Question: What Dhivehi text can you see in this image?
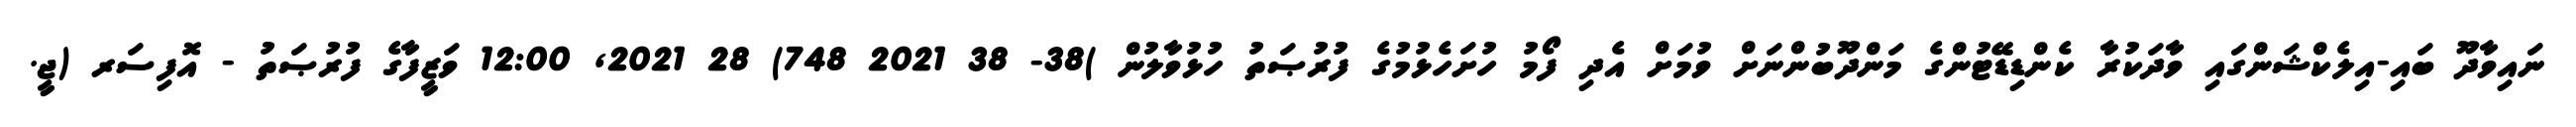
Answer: ނައިވާދޫ ބައި-އިލެކްޝަންގައި ވާދަކުރާ ކެންޑިޑޭޓުންގެ މަންދޫބުންނަށް ވުމަށް އެދި ފޯމު ހުށަހެޅުމުގެ ފުރުޞަތު ހުޅުވާލުން )38- 38 2021 748) 28 2021, 12:00 ވަޒީފާގެ ފުރުޞަތު - އޮފިސަރ (ޖީ.